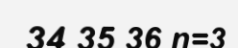
34 35 36 n=3